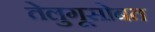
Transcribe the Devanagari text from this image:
तेलुगूसोबत